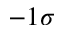
- 1 \sigma